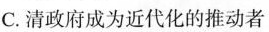
C.清朝政府成为近代化的推动者